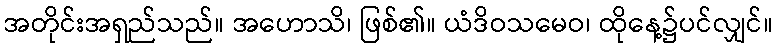
အတိုင်းအရှည်သည်။ အဟောသိ၊ ဖြစ်၏။ ယံဒိဝသမေဝ၊ ထိုနေ့၌ပင်လျှင်။